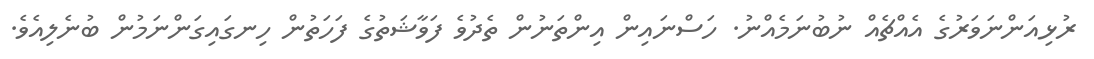
ރުޅިއަންނަވަރުގެ އެއްޗެއް ނުބުނަމެއްނު. ހަސްނައިން އިންތަނުން ތެދުވެ ފަވާޝަތުގެ ފަހަތުން ހިނގައިގަންނަމުން ބުނެލިއެވެ.